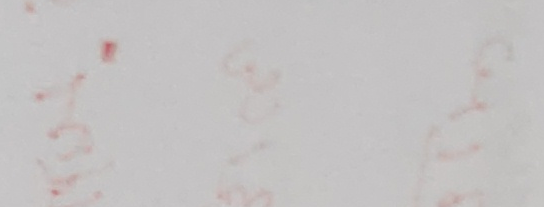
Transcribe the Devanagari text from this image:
छ।